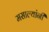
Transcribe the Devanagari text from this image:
मसाल्यांनी